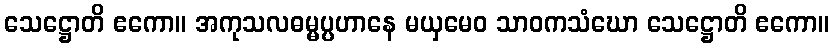
သေဋ္ဌောတိ ဧကော။ အကုသလဓမ္မပ္ပဟာနေ မယှမေဝ သာဝကသံဃော သေဋ္ဌောတိ ဧကော။